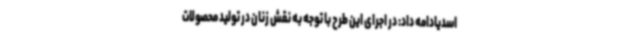
اسدیادامه داد: در اجرای این طرح با توجه به نقش زنان در تولید محصولات